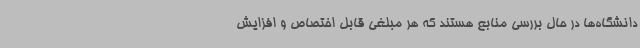
دانشگاه‌ها در حال بررسی منابع هستند که هر مبلغی قابل اختصاص و افزایش